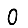
Digit: 0